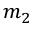
m _ { 2 }